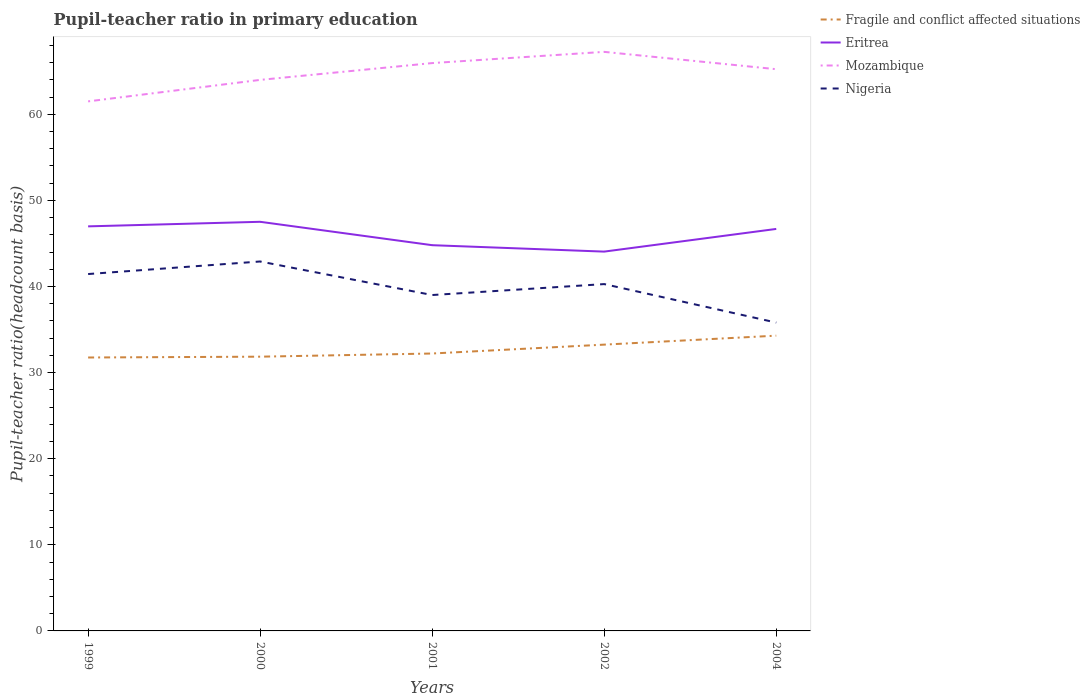
| Years | Fragile and conflict affected situations | Eritrea | Mozambique | Nigeria |
 | --- | --- | --- | --- | --- |
 | 1999 | 31.8 | 47 | 61.5 | 41.4 |
 | 2000 | 31.8 | 47.5 | 64 | 42.9 |
 | 2001 | 32.2 | 44.8 | 65.9 | 39 |
 | 2002 | 33.2 | 44 | 67.2 | 40.3 |
 | 2004 | 34.3 | 46.7 | 65.2 | 35.8 |